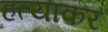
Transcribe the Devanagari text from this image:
हत्याकर